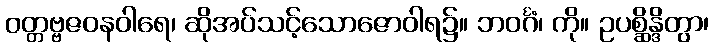
ဝတ္တဗ္ဗဇဝနဝါရေ၊ ဆိုအပ်သင့်သောဇောဝါရ၌။ ဘဝင်္ဂံ၊ ကို။ ဥပစ္ဆိန္ဒိတွာ၊